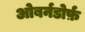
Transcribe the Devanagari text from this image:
ओबर्नडोर्फ़